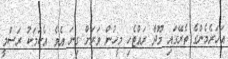
އަހަރެމެންގެ ތެރޭގައި މޫދާ ރައްޓެހި މީހުން ވަރަށް ގިނަ އެވެ. އެކަމަކު ރަސްމީ